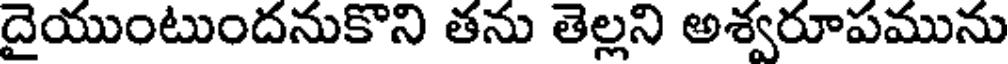
దైయుంటుందనుకొని తను తెల్లని అశ్వరూపమును